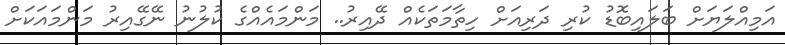
އަމިއްލަޔަށް ބަލައިބޮޑު ކުރި ދަރިއަށް ހިތާމަތަކެއް ދޭއިރު.. މަންމައެއްގެ ކުލުނު ނޭގޭއިރު މަންމައަކަށް